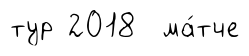
тур 2018 ма́тче